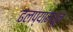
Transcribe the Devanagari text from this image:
ढलप्यांमधून